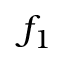
f _ { 1 }